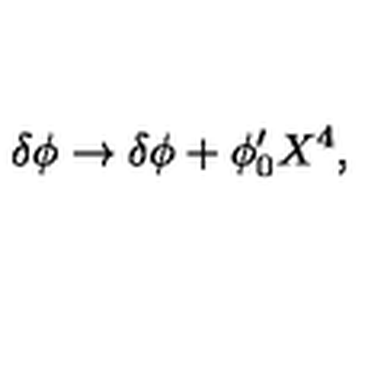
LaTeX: \delta \phi \rightarrow \delta \phi + \phi _ { 0 } ^ { \prime } X ^ { 4 } ,